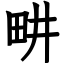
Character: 畊